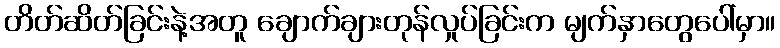
တိတ်ဆိတ်ခြင်းနဲ့အတူ ချောက်ချားတုန်လှုပ်ခြင်းက မျက်နှာတွေပေါ်မှာ။